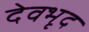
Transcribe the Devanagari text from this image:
देवभृद